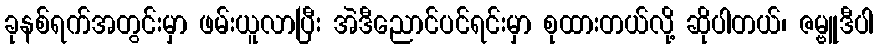
ခုနစ်ရက်အတွင်းမှာ ဖမ်းယူလာပြီး အဲဒီညောင်ပင်ရင်းမှာ စုထားတယ်လို့ ဆိုပါတယ်၊ ဇမ္ဗူဒီပါ